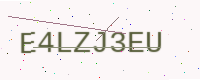
Text: E4LZJ3EU